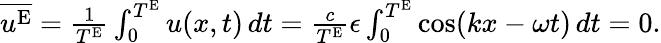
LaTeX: \begin{array}{r}{\overline{{u^{\textnormal{E}}}}=\frac{1}{T^{\textnormal{E}}}\int_{0}^{T^{\textnormal{E}}}u(x,t)\, dt=\frac{c}{T^{\textnormal{E}}}\epsilon\int_{0}^{T^{\textnormal{E}}}\cos(kx-\omega t)\, dt=0.}\end{array}